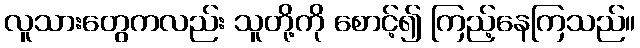
လူသားတွေကလည်း သူတို့ကို စောင့်၍ ကြည့်နေကြသည်။